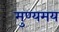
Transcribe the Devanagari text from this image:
मुण्यमय